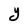
Character: Y